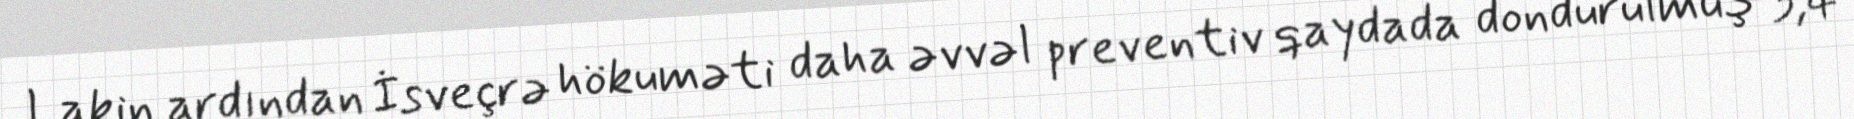
Lakin ardından İsveçrə hökuməti daha əvvəl preventiv qaydada dondurulmuş 3,4